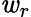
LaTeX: \mathit{w}_{r}